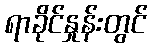
ရာခိုင်နှုန်းတွင်